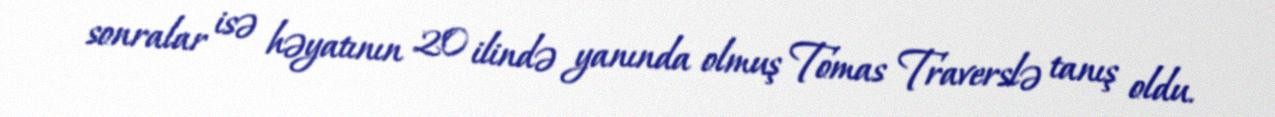
sonralar isə həyatının 20 ilində yanında olmuş Tomas Traverslə tanış oldu.